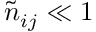
\tilde { n } _ { i j } \ll 1